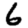
Digit: 6